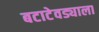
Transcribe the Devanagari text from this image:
बटाटेवड्याला